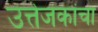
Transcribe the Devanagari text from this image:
उत्तेजकांचा